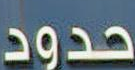
حدود